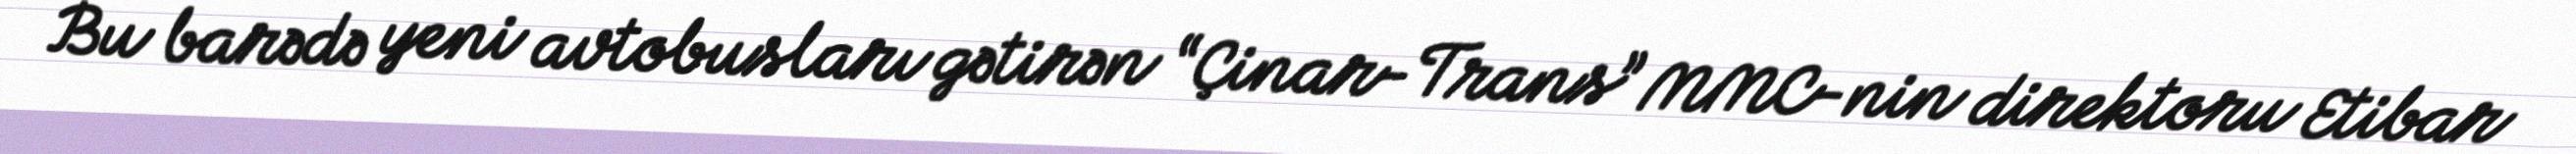
Bu barədə yeni avtobusları gətirən “Çinar-Trans” MMC-nin direktoru Etibar